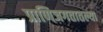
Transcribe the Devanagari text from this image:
प्राणिजगतातल्या